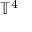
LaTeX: \mathbb { T } ^ { 4 }